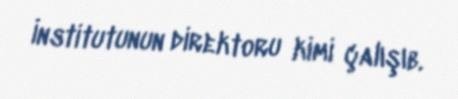
İnstitutunun direktoru kimi çalışıb.